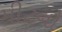
મીટનો